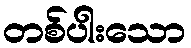
တစ်ပါးသော